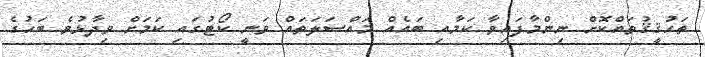
ތަހުޤީޤުތައްކޮށް ނިންމާފައިވާ ކަމާއި ބައެއް މައްސަލަތައް ވަނީ ކޯޓުގައި ކަމަށް ވިދާޅުވެ ބަހުގެ